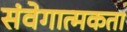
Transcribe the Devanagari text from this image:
संवेगात्मकता